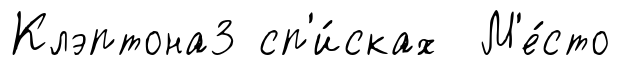
Клэптона3 сп'и́сках М'е́сто